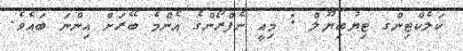
ކަލެކްޓިންގ ޓިޔުބިޔޫލް : މިއީ ނެފްރޯންގެ އެންމެ ބޭރަށް އިންނަ ބައެވެ.